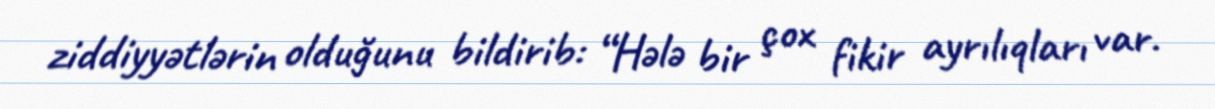
ziddiyyətlərin olduğunu bildirib: “Hələ bir çox fikir ayrılıqları var.